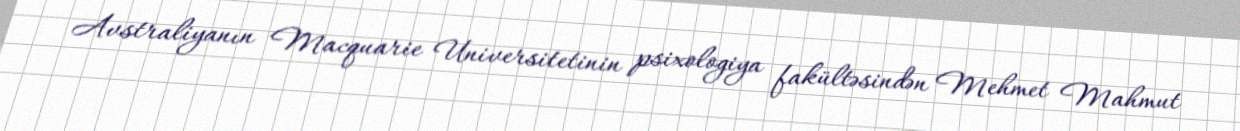
Avstraliyanın Macquarie Universitetinin psixologiya fakültəsindən Mehmet Mahmut